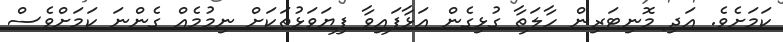
ކަމަށެވެ. އަދި މޮނިޓަރިން ހާލަތާ ގުޅިގެން އަޅާފައިވާ ފިޔަވަޅުތަކަށް ނިމުމެއް ގެންނަ ކަމަށްވެސް